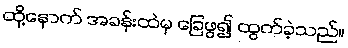
ထို့နောက် အခန်းထဲမှ ခြေဖွ၍ ထွက်ခဲ့သည်။